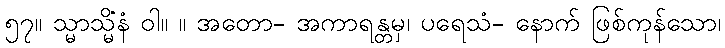
၅၇။ သ္မာသ္မိံနံ ဝါ။ ။ အတော- အကာရန္တမှ၊ ပရေသံ- နောက် ဖြစ်ကုန်သော၊